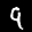
Label: 9